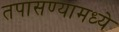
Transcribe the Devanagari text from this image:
तपासण्यामध्ये